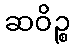
ဆဝိဉ္စ